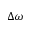
\Delta \omega